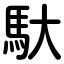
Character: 馱